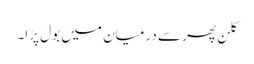
کلن پھر سے درمیان میں بول پڑا۔